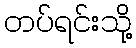
တပ်ရင်းသို့